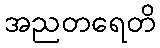
အညတရေတိ